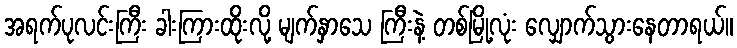
အရက်ပုလင်းကြီး ခါးကြားထိုးလို့ မျက်နှာသေ ကြီးနဲ့ တစ်မြို့လုံး လျှောက်သွားနေတာရယ်။